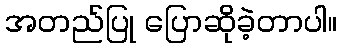
အတည်ပြု ပြောဆိုခဲ့တာပါ။